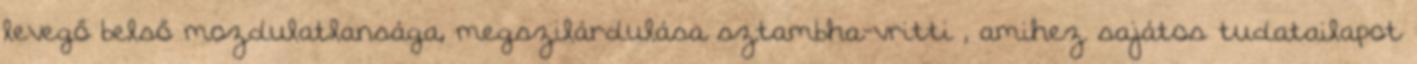
levegő belső mozdulatlansága, megszilárdulása sztambha-vritti , amihez sajátos tudatailapot